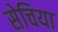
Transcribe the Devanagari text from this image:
सेचिया